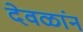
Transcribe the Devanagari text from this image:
देवळांन